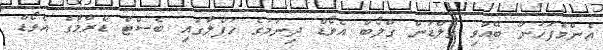
އެންމެފަހުން ބޭއްވި ގޯލްޑަން ގްލޯބް އެވޯޑް ދިނުމުގެ ހަފްލާގައި ބެސްޓް ޑްރާމާގެ އެވޯޑް